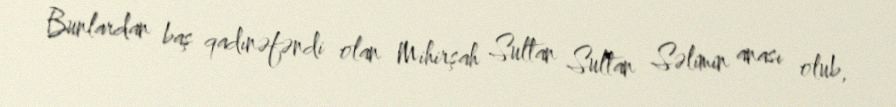
Bunlardan baş qadınəfəndi olan Mihirşah Sultan Sultan Səlimin anası olub,